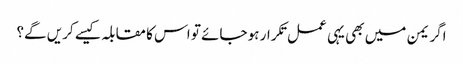
اگر یمن میں بھی یہی عمل تکرار ہو جائے تو اس کا مقابلہ کیسے کریں گے؟